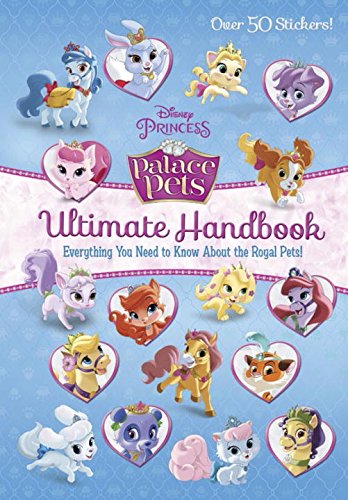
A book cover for Palace Pets Ultimate Handbook (Disney Princess: Palace Pets); Andrea Posner-Sanchez; Children's Books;